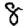
Digit: 8